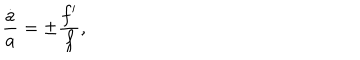
{ \frac { \dot { a } } { a } } = \pm { \frac { f ^ { \prime } } { f } } ,